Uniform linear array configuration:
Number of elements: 4
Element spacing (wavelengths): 0.5
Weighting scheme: hamming
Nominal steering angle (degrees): -60
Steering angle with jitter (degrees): -61.317
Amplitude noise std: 0.05
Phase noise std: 0.05

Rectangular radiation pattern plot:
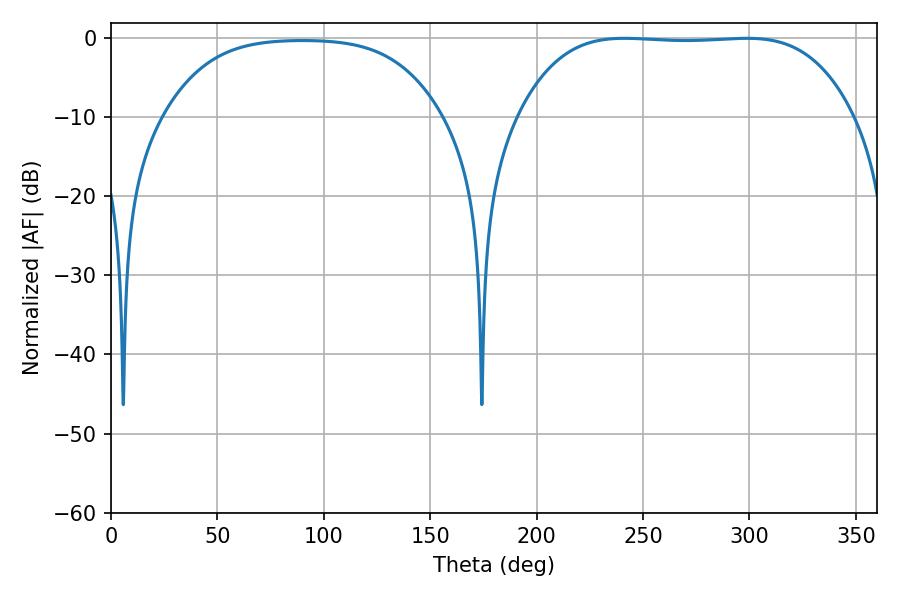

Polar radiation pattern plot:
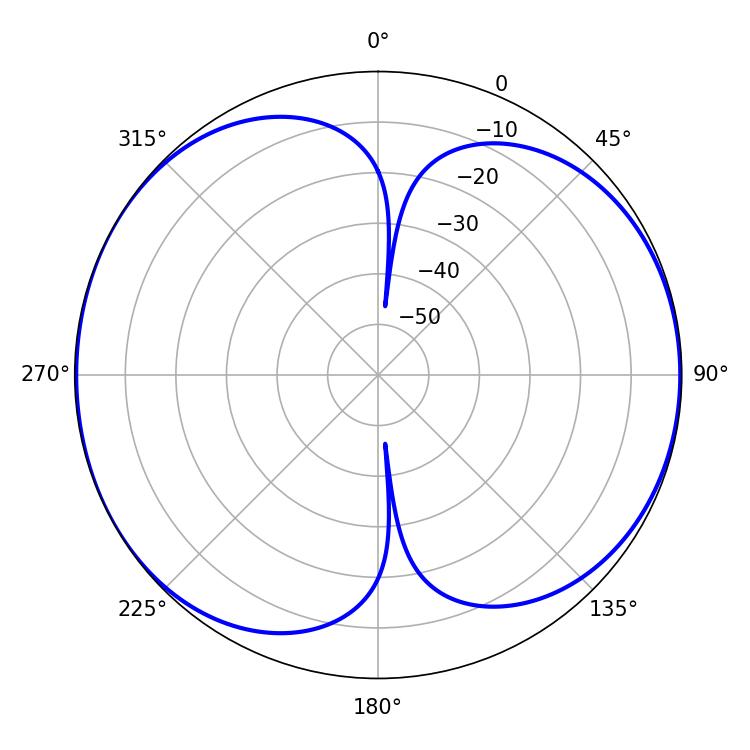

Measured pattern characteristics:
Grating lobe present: FALSE
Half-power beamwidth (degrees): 122.04
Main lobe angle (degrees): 241.38